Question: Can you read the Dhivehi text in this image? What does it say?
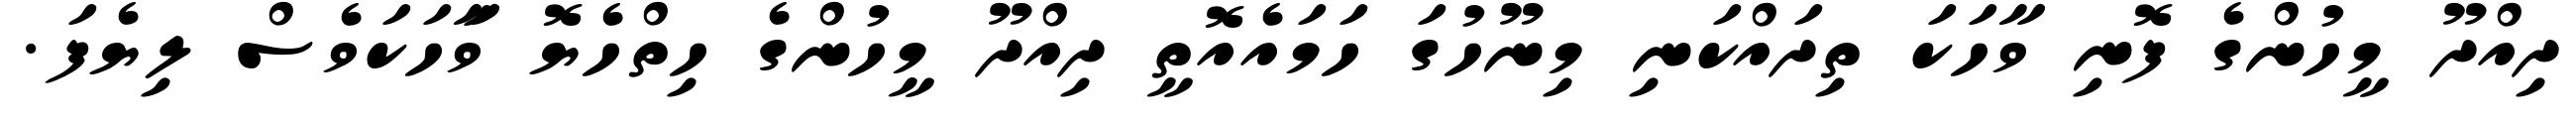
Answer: ދިއްދޫ މީހުންގެ ފޮނި ވާހަކަ ތިދައްކަނި މިނޫހުގަ ހަމައެއޮތީ ދިއްދޫ މީހުންގެ ހިތްހެޔޮ ވާަހަކަވެސް ލިޔެފަ.